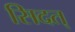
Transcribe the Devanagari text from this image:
सिदत्